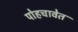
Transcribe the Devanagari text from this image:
पोहचावेत